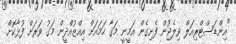
"އިންޑަސްޓްރިއަލް ވިލެޖުން ފެށިގެން އަމީނީ މަގާ ހަމައަށް އިއްޒުއްދީން މަގު ވަރަށް ފުޅާކޮށް